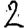
Digit: 2